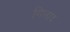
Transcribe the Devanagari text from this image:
गिलाद